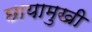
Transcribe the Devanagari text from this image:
छायामुखी